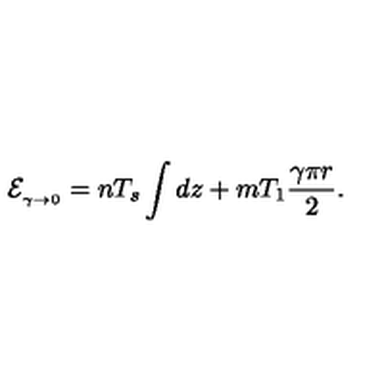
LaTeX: { \cal E } _ { { } _ { \gamma \to 0 } } = n T _ { s } \int d z + m T _ { 1 } \frac { \gamma \pi r } { 2 } .